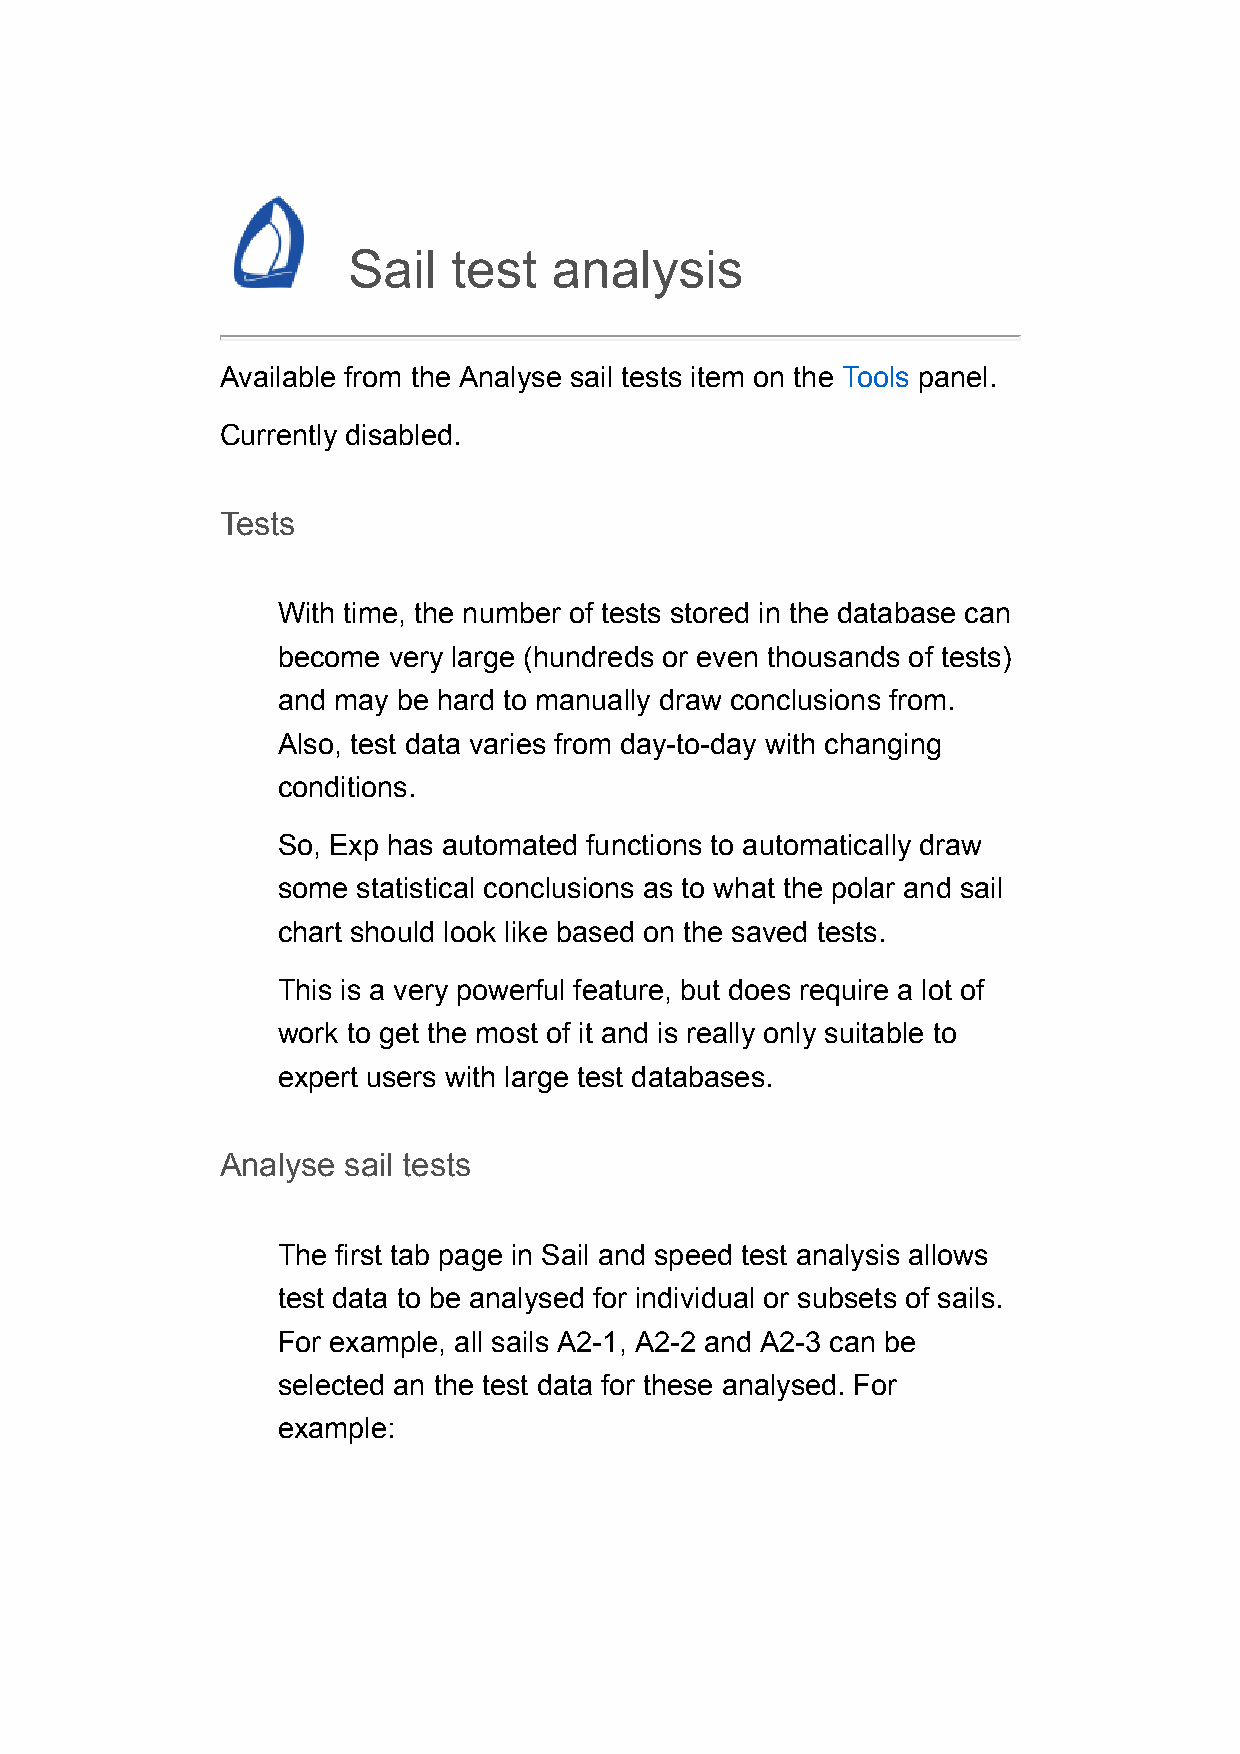
Sail   test   analysis
 Available from the Analyse sail tests item on the Tools panel.
 Currently disabled.
 Tests
 With time, the number of tests stored in the database can
 become  very large (hundreds or even thousands of tests)
 and may be hard to manually draw conclusions from.
 Also, test data varies from day-to-day with changing
 conditions.
 So, Exp has automated functions to automatically draw
 some  statistical conclusions as to what the polar and sail
 chart should look like based on the saved tests.
 This is a very powerful feature, but does require a lot of
 work to get the most of it and is really only suitable to
 expert users with large test databases.
 Analyse sail tests
 The first tab page in Sail and speed test analysis allows
 test data to be analysed for individual or subsets of sails.
 For example, all sails A2-1, A2-2 and A2-3 can be
 selected an the test data for these analysed. For
 example: